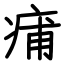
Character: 痡